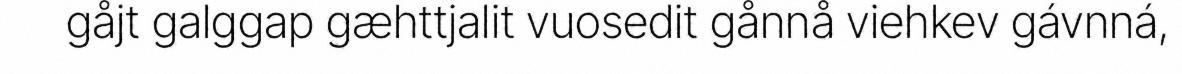
gåjt galggap gæhttjalit vuosedit gånnå viehkev gávnná,